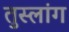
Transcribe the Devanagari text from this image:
तुस्‍लांग